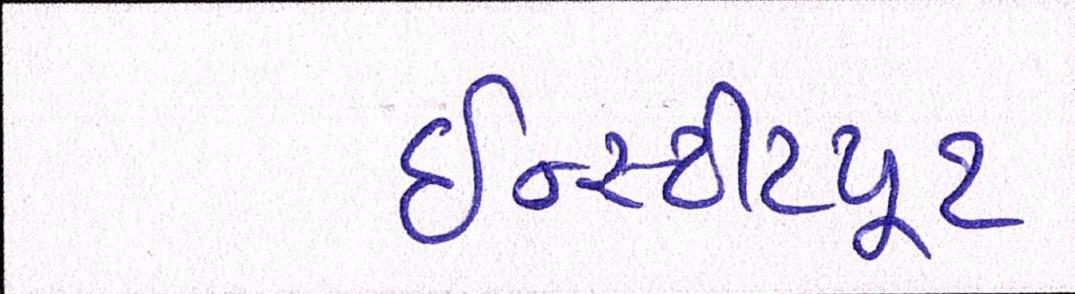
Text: ઇન્સ્ટીટયૂટ